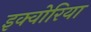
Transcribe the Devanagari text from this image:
इक्वोरिया